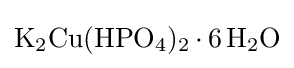
{\ce {K2Cu(HPO4)2.6H2O}}